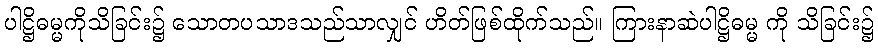
ပါဋ္ဌိဓမ္မကိုသိခြင်း၌ သောတပသာဒသည်သာလျှင် ဟိတ်ဖြစ်ထိုက်သည်။ ကြားနာဆဲပါဋ္ဌိဓမ္မ ကို သိခြင်း၌